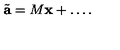
\tilde { \bf { a } } = M { \bf x } + \ldots .